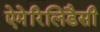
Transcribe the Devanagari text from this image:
ऐमेरिलिडैसी